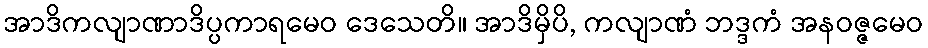
အာဒိကလျာဏာဒိပ္ပကာရမေဝ ဒေသေတိ။ အာဒိမှိပိ, ကလျာဏံ ဘဒ္ဒကံ အနဝဇ္ဇမေဝ